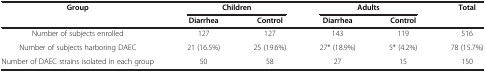
<table><thead><tr><td><b>Group</b></td><td colspan="2"><b>Children</b></td><td colspan="2"><b>Adults</b></td><td><b>Total</b></td></tr><tr><td><b> </b></td><td><b>Diarrhea</b></td><td><b>Control</b></td><td><b>Diarrhea</b></td><td><b>Control</b></td><td><b> </b></td></tr></thead><tbody><tr><td>Number of subjects enrolled</td><td>127</td><td>127</td><td>143</td><td>119</td><td>516</td></tr><tr><td>Number of subjects harboring DAEC</td><td>21 (16.5%)</td><td>25 (19.6%)</td><td>27* (18.9%)</td><td>5* (4.2%)</td><td>78 (15.7%)</td></tr><tr><td>Number of DAEC strains isolated in each group</td><td>50</td><td>58</td><td>27</td><td>15</td><td>150</td></tr></tbody></table>